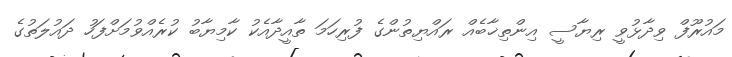
މައުރޫފް ވިދާޅުވީ ރިޔާސީ އިންތިޚާބެއް ރައްޔިތުންގެ ފުރިހަމަ ތާއީދާއެކު ކާމިޔާބު ކުރެއްވުމަށްފަހު ދައުލަތުގެ